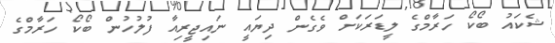
ޝެކައު ބޯކޯ ހަރާމްގެ ލީޑަރަކަށް ވެގެން ދިޔައީ ނައިޖީރިއާ ފުލުހުން ބޯކޯ ހަރާމްގެ